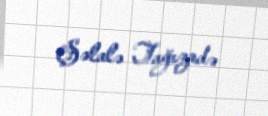
Şəlalə Tağızadə